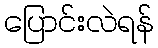
ပြောင်းလဲရန်